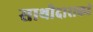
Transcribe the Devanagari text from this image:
साथीदाराकडे